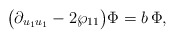
\begin{align*}\big(\partial_{u_1 u_1} - 2 \wp_{11}\big) \Phi = b\, \Phi,\end{align*}